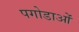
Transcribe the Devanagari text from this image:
पगोडाओं